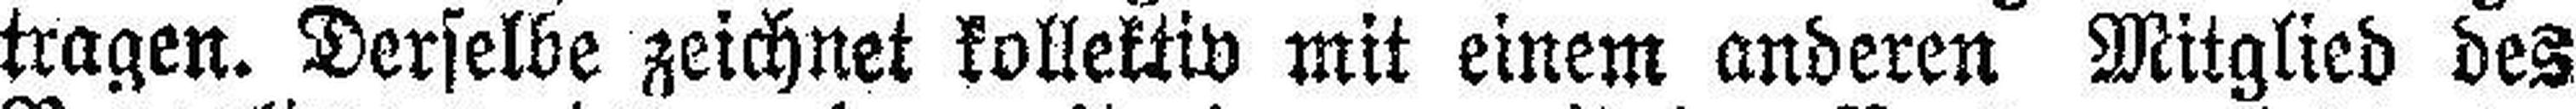
tragen. Derselbe zeichnet kollektiv mit einem anderen Mitglied des